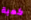
كمية